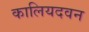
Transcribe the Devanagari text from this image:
कालियदवन